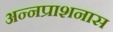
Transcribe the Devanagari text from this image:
अन्नप्राशनास